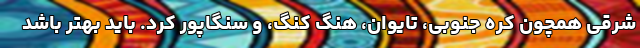
شرقی همچون کره جنوبی، تایوان، هنگ کنگ، و سنگاپور کرد. باید بهتر باشد